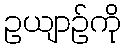
ဥယျာဉ်ကို